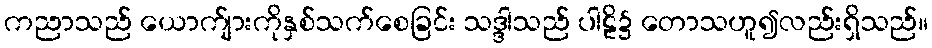
ကညာသည် ယောက်ျားကိုနှစ်သက်စေခြင်း သဒ္ဒါသည် ပါဠိ၌ တောသဟူ၍လည်းရှိသည်။